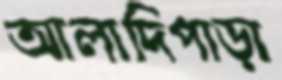
আলাদিপাড়া